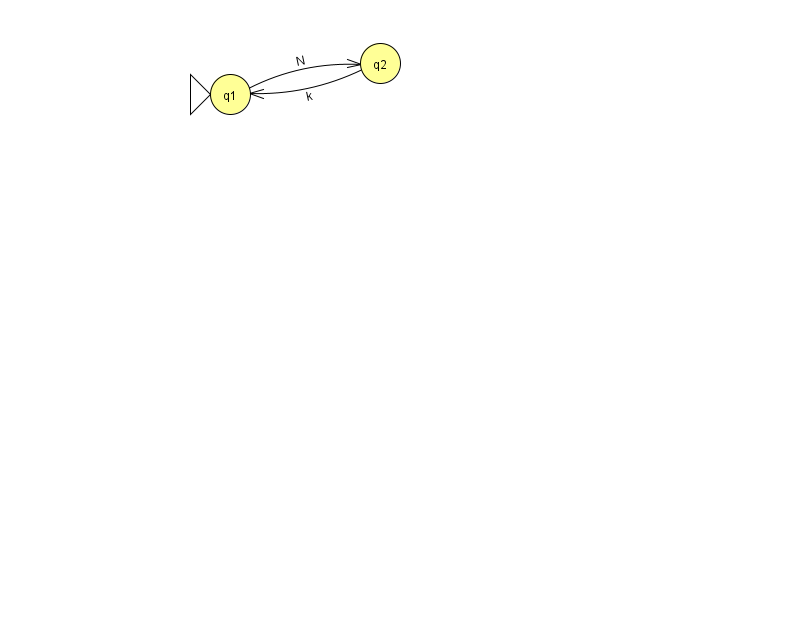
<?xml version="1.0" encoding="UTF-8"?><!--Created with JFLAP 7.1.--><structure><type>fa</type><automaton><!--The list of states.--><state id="1" name="q1"><x>230.0</x><y>81.0</y><initial/></state><state id="2" name="q2"><x>380.0</x><y>50.0</y></state><!--The list of transitions.--><transition><from>1</from><to>2</to><read>N</read></transition><transition><from>2</from><to>1</to><read>k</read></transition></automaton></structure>